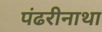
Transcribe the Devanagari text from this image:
पंढरीनाथा